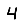
Digit: 4